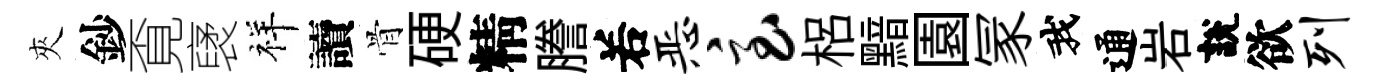
夾鈔覔裦祥讀骨硬精謄𠰥恶急梠黯園冡我通岩說欲列